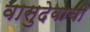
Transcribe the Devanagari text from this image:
वासुदेवाची